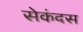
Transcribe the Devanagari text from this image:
सेकंदस